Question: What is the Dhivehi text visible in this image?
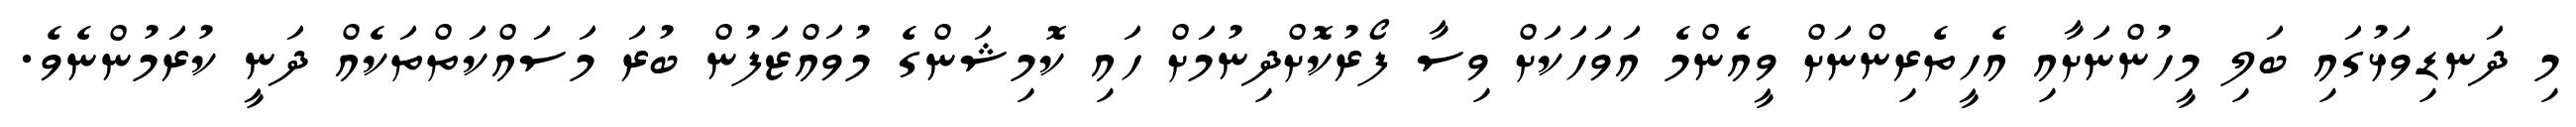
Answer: މި ދަނޑިވަޅުގައި ބަލި މީހުންނަށާއި އެހީތެރިންނަށް ވީއެންމެ އަވަހަކަށް ވިސާ ފޯރުކޮށްދިނުމަށް ހައި ކޮމިޝަންގެ މުވައްޒަފުން ބުރަ މަސައްކަތްތަކެއް ދަނީ ކުރަމުންނެވެ.